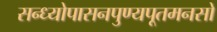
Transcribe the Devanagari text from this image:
सन्ध्योपासनपुण्यपूतमनसो